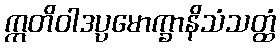
ဣတိဝါဒပ္ပမောက္ခာနိသံသတ္ထံ